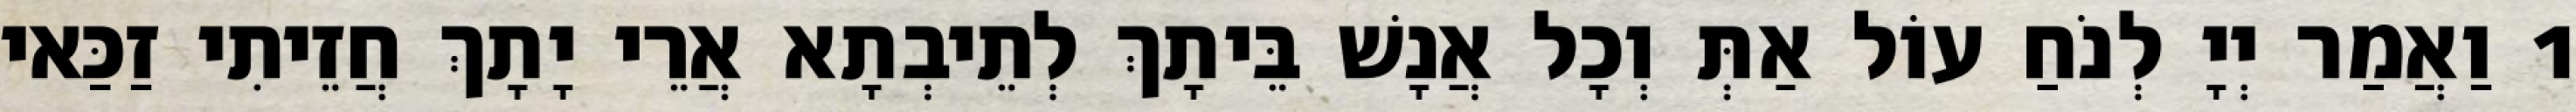
1 וַאֲמַר יְיָ לְנֹחַ עוֹל אַתְּ וְכָל אֲנָשׁ בֵּיתָךְ לְתֵיבְתָא אֲרֵי יָתָךְ חֲזֵיתִי זַכַּאי